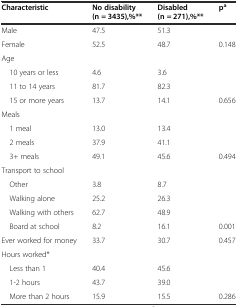
<table><thead><tr><td><b>Characteristic</b></td><td><b>No disability (n = 3435),%**</b></td><td><b>Disabled (n = 271),%**</b></td><td><b>p<sup>a</sup></b></td></tr></thead><tbody><tr><td>Male</td><td>47.5</td><td>51.3</td><td></td></tr><tr><td>Female</td><td>52.5</td><td>48.7</td><td>0.148</td></tr><tr><td>Age</td><td></td><td></td><td></td></tr><tr><td> 10 years or less</td><td>4.6</td><td>3.6</td><td></td></tr><tr><td> 11 to 14 years</td><td>81.7</td><td>82.3</td><td></td></tr><tr><td> 15 or more years</td><td>13.7</td><td>14.1</td><td>0.656</td></tr><tr><td>Meals</td><td></td><td></td><td></td></tr><tr><td> 1 meal</td><td>13.0</td><td>13.4</td><td></td></tr><tr><td> 2 meals</td><td>37.9</td><td>41.1</td><td></td></tr><tr><td> 3+ meals</td><td>49.1</td><td>45.6</td><td>0.494</td></tr><tr><td>Transport to school</td><td></td><td></td><td></td></tr><tr><td> Other</td><td>3.8</td><td>8.7</td><td></td></tr><tr><td> Walking alone</td><td>25.2</td><td>26.3</td><td></td></tr><tr><td> Walking with others</td><td>62.7</td><td>48.9</td><td></td></tr><tr><td> Board at school</td><td>8.2</td><td>16.1</td><td>0.001</td></tr><tr><td>Ever worked for money</td><td>33.7</td><td>30.7</td><td>0.457</td></tr><tr><td>Hours worked*</td><td></td><td></td><td></td></tr><tr><td> Less than 1</td><td>40.4</td><td>45.6</td><td></td></tr><tr><td> 1-2 hours</td><td>43.7</td><td>39.0</td><td></td></tr><tr><td> More than 2 hours</td><td>15.9</td><td>15.5</td><td>0.286</td></tr></tbody></table>